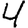
Digit: 4